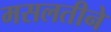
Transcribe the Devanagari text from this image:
मसलतीने